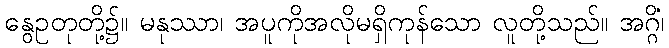
နွေဥတုတို့၌။ မနုဿာ၊ အပူကိုအလိုမရှိကုန်သော လူတို့သည်။ အဂ္ဂိံ၊